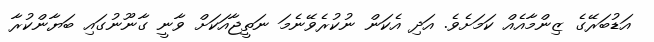
އަޑުބަރޭގެ ޒިންމާއެއް ކަމަށެވެ. އަދި އެކަން ނުކުރެވޭނެމަ ނަތީޖާއަަކަށް ވާނީ ގާނޫނުގައި ބަޔާންކުރާ